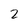
Character: 2